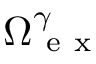
\Omega _ { \mathrm { ~ e ~ x ~ } } ^ { \gamma }